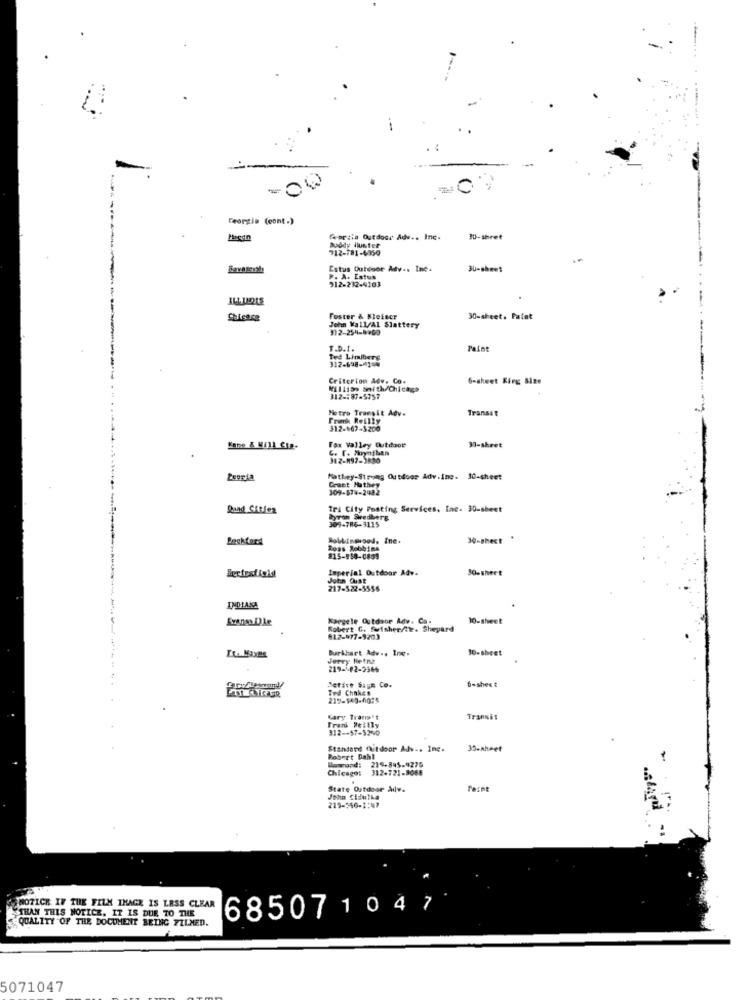
--.
Georgia (cont.)
Corsia Outdoor Adv .. Inc.
30-sheet
712-781-4050
Doddy Ilunter
Estus Outdoor Adv -. Inc.
30-sheet
P. A. Estus
912-232-4103
Foster & Mleiser
30-sheet. Faint
John Wall/Al Slattery
302-254-9900
T.D.I.
312-698-4100
Ted Limiters
Criterion Adv. Co.
6-sheet King Size
Millias Smith/Chicago
312-187-5757
Metro Transit Adv.
Transit
Frank Reilly
312-667-$200
Fax Valley Outdoor
30-sheet
342-197-3880
Mathey-Strong Outdoor Adv.Ing. 30-sheet
Grant Hathey
309-574-2482
Quad Cities
tri City Foating Services, Inc. 30-sheet
byrth Swedberg
309-786-3115
30-shect
Ross Robbins
815-958-0899
Imperial Outdoor Adv.
30- sheet
John Cst
217-522-5556
INDIANA
Evanes Dle
Kargele Outdoor Adv. Ca.
10-sheet
Robert G. Swisher/the. Shepard
612-977-9203
Burkhart Adv ., Inc.
10-sheet
Jerry Hetna
219-492-9366
Serive Says Co.
6-sheet
Tod Chokes
219-540-4075
Kary Trans't
Transit
Frank Peilly
312 -- 57-5240
Standard Outdoor Alv .. Inc.
35.Ahmet
Robert Dahl
durand: 239-845-9279
Chicago: 312-721-8088
State Outdoor Adv.
John Cidulka
219-516-1:47
NOTICE IF THE FILM IMAGE IS LESS CLEAR
685071047
THAN THIS NOTICE. IT IS DUE TO THE
QUALITY OF THE DOCUMENT BEING FILMED.
5071047